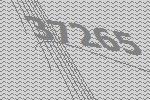
37265